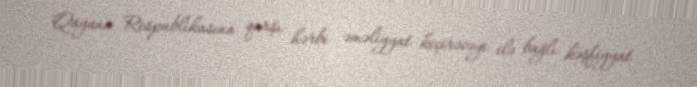
Qayana Respublikasına qarşı hərbi əməliyyat keçirəcəyi ilə bağlı kəşfiyyat